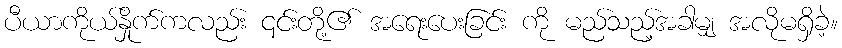
ပီယာကိုယ်နှိုက်ကလည်း ၎င်းတို့၏ အရေးပေးခြင်း ကို မည်သည့်အခါမျှ အလိုမရှိခဲ့။